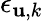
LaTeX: {\epsilon_{{\mathbf u},k}}